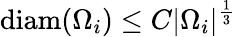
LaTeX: \mathrm{diam}(\Omega_{i})\leq C|\Omega_{i}|^{\frac 13}